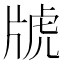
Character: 𤗑